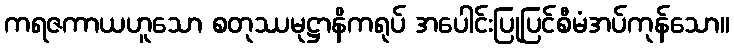
ကရဇကာယဟူသော စတုဿမုဋ္ဌာနိကရုပ် အပေါင်းပြုပြင်စီမံအပ်ကုန်သော။